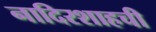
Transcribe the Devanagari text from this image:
नादिरशाहची